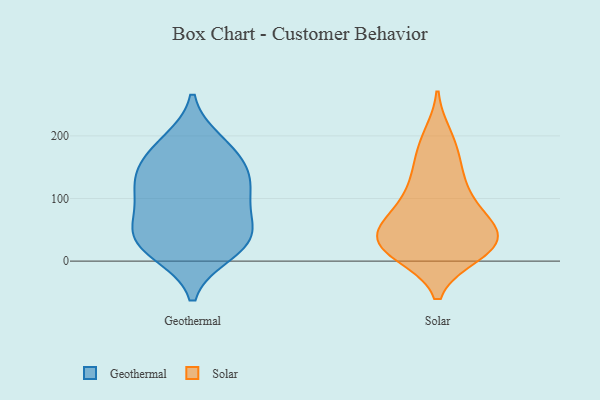
{"axis": {"x": "Revenue (USD Million)", "y": "Value"}, "legend": ["Geothermal", "Solar"], "data": [{"x": "", "y": 30, "type": "Geothermal"}, {"x": "", "y": 181, "type": "Geothermal"}, {"x": "", "y": 13, "type": "Geothermal"}, {"x": "", "y": 38, "type": "Geothermal"}, {"x": "", "y": 161, "type": "Geothermal"}, {"x": "", "y": 129, "type": "Geothermal"}, {"x": "", "y": 91, "type": "Geothermal"}, {"x": "", "y": 125, "type": "Geothermal"}, {"x": "", "y": 103, "type": "Geothermal"}, {"x": "", "y": 139, "type": "Geothermal"}, {"x": "", "y": 53, "type": "Geothermal"}, {"x": "", "y": 20, "type": "Geothermal"}, {"x": "", "y": 59, "type": "Geothermal"}, {"x": "", "y": 190, "type": "Geothermal"}, {"x": "", "y": 103, "type": "Solar"}, {"x": "", "y": 71, "type": "Solar"}, {"x": "", "y": 45, "type": "Solar"}, {"x": "", "y": 18, "type": "Solar"}, {"x": "", "y": 11, "type": "Solar"}, {"x": "", "y": 139, "type": "Solar"}, {"x": "", "y": 55, "type": "Solar"}, {"x": "", "y": 38, "type": "Solar"}, {"x": "", "y": 77, "type": "Solar"}, {"x": "", "y": 15, "type": "Solar"}, {"x": "", "y": 153, "type": "Solar"}, {"x": "", "y": 21, "type": "Solar"}, {"x": "", "y": 113, "type": "Solar"}, {"x": "", "y": 33, "type": "Solar"}, {"x": "", "y": 186, "type": "Solar"}, {"x": "", "y": 55, "type": "Solar"}, {"x": "", "y": 199, "type": "Solar"}, {"x": "", "y": 20, "type": "Solar"}]}